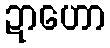
ဍာဟော